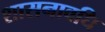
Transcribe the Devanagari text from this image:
शासनावधि